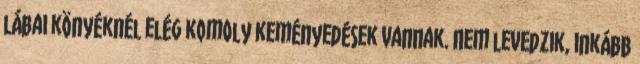
lábai könyéknél elég komoly keményedések vannak. Nem levedzik, inkább